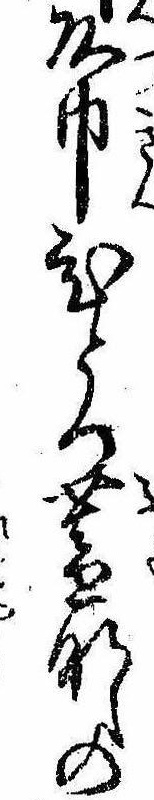
頭巾ひとつ蓋なしの